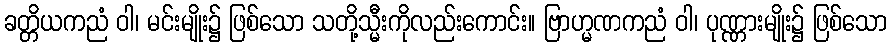
ခတ္တိယကညံ ဝါ၊ မင်းမျိုး၌ ဖြစ်သော သတို့သ္မီးကိုလည်းကောင်း။ ဗြာဟ္မဏကညံ ဝါ၊ ပုဏ္ဏားမျိုး၌ ဖြစ်သော